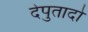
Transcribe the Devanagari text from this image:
देपुतादो